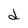
Character: d